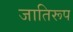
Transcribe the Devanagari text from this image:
जातिरूप